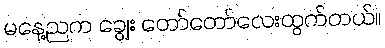
မနေ့ညက ချွေး တော်တော်လေးထွက်တယ်။